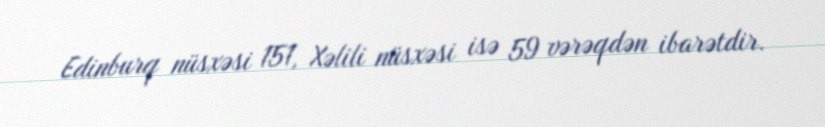
Edinburq nüsxəsi 151, Xəlili nüsxəsi isə 59 vərəqdən ibarətdir.